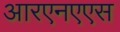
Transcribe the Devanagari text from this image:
आरएनएएस